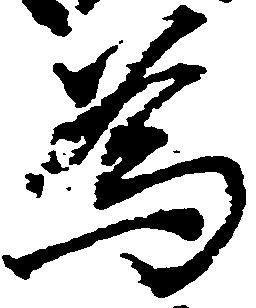
為